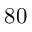
8 0